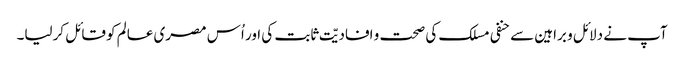
آپ نے دلائل و براہین سے حنفی مسلک کی صحت و افادیّت ثابت کی اور اُس مصری عالم کو قائل کرلیا۔